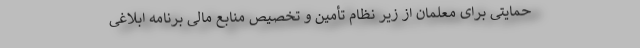
حمایتی برای معلمان از زیر نظام تأمین و تخصیص منابع مالی برنامه ابلاغی